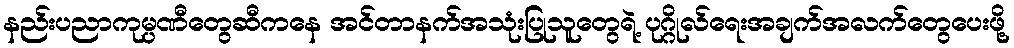
နည်းပညာကုမ္ပဏီတွေဆီကနေ အင်တာနက်အသုံးပြုသူတွေရဲ့ ပုဂ္ဂိုလ်ရေးအချက်အလက်တွေပေးဖို့